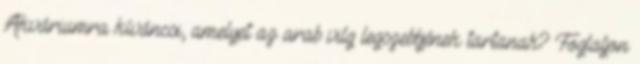
Akváriumra kíváncsi, amelyet az arab vilg legszebbjének tartanak? Foglaljon